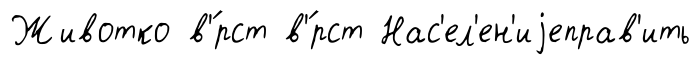
Животко в'́рст в'́рст Нас'ел'ен'иjеправ'ить